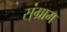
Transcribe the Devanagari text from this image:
स्ंग्राम